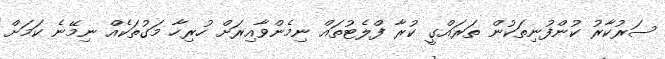
ސަރުކާރު ކުންފުނިތަކުން ތަރައްގީ ކުރާ ފްލެޓުތައް ނިމެންވާއިރަށް ހުރިހާ މަގުތަކެއް ނިމޭނެ ކަމަށް